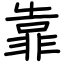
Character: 靠